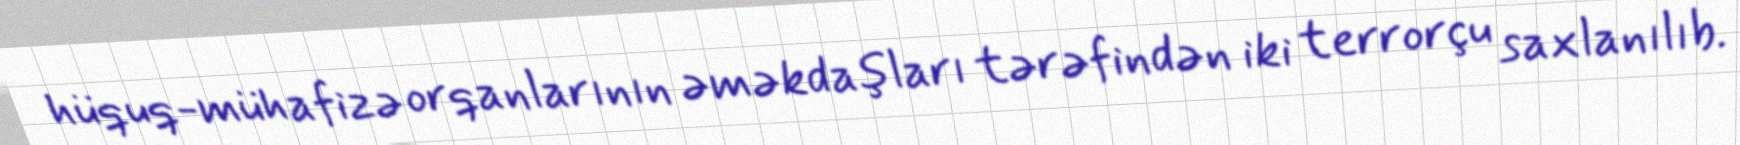
hüquq-mühafizə orqanlarının əməkdaşları tərəfindən iki terrorçu saxlanılıb.